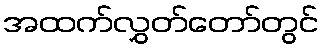
အထက်လွှတ်တော်တွင်